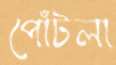
পোঁটলা